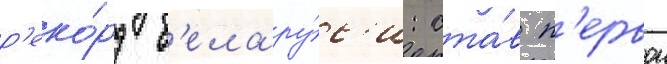
р'еко́рд б'елару́с'и: ста́в п'ервои